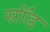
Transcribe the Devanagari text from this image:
सॉड